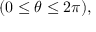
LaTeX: ( 0 \leq \theta \leq 2 \pi ) ,